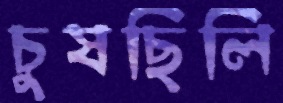
চুষছিলি